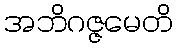
အဘိဂဇ္ဇမေတိ